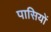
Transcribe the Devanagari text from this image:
पासियों